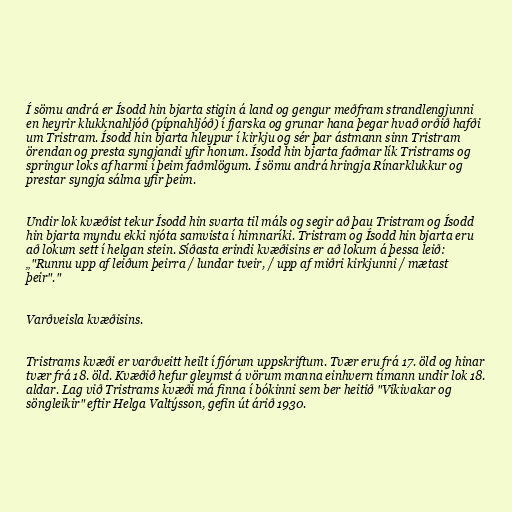
Í sömu andrá er Ísodd hin bjarta stigin á land og gengur meðfram strandlengjunni
en heyrir klukknahljóð (pípnahljóð) í fjarska og grunar hana þegar hvað orðið hafði
um Tristram. Ísodd hin bjarta hleypur í kirkju og sér þar ástmann sinn Tristram
örendan og presta syngjandi yfir honum. Ísodd hin bjarta faðmar lík Tristrams og
springur loks af harmi í þeim faðmlögum. Í sömu andrá hringja Rínarklukkur og
prestar syngja sálma yfir þeim.

Undir lok kvæðist tekur Ísodd hin svarta til máls og segir að þau Tristram og Ísodd
hin bjarta myndu ekki njóta samvista í himnaríki. Tristram og Ísodd hin bjarta eru
að lokum sett í helgan stein. Síðasta erindi kvæðisins er að lokum á þessa leið:
„"Runnu upp af leiðum þeirra / lundar tveir, / upp af miðri kirkjunni / mætast
þeir"."

Varðveisla kvæðisins.

Tristrams kvæði er varðveitt heilt í fjórum uppskriftum. Tvær eru frá 17. öld og hinar
tvær frá 18. öld. Kvæðið hefur gleymst á vörum manna einhvern tímann undir lok 18.
aldar. Lag við Tristrams kvæði má finna í bókinni sem ber heitið "Vikivakar og
söngleikir" eftir Helga Valtýsson, gefin út árið 1930.